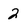
Character: 2